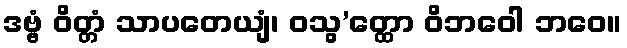
ဒဗ္ဗံ ဝိတ္တံ သာပတေယျံ၊ ဝသွ’တ္ထော ဝိဘဝေါ ဘဝေ။